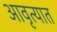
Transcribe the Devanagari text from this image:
आवृत्यात